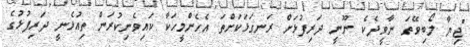
"ޖިޔާ ލޯބިވޭތަ ނާވީދެކެ ނޫނީ ދަރިފުޅަށް ރަނގަޅަކަށްތަ އެހެންމީހަކާ ކައިވެނިކުރަން ތިއުޅެނީ ދަރިފުޅުގެ